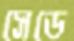
সেডে